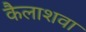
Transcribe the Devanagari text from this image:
कैलाशवा